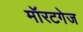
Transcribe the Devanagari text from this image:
मॉरटगेज